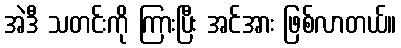
အဲဒီ သတင်းကို ကြားပြီး အင်အား ဖြစ်လာတယ်။